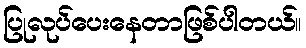
ပြုလုပ်ပေးနေတာဖြစ်ပါတယ်။